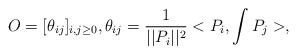
LaTeX: \begin{align*} O = [\theta_{ij}]_{i,j\geq 0},\theta_{ij} = \frac{1}{||P_i||^2}<P_i, \int P_j >,\end{align*}